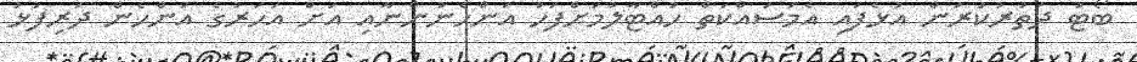
ބޯޓު ދަތުރުކުރަން އުޅެފައި އެމަސައްކަތް ހުއްޓާލުމަށްފަހު އަންހެނުންނާއި އަށް އަހަރުގެ އަންހެން ދަރިފުޅު